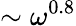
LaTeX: \sim\omega^{0.8}